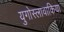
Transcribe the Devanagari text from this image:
युगोस्लावाकिया